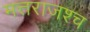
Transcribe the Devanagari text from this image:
मत्तराजश्च